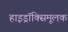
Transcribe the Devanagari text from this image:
हाइड्रॉक्सिमूलक